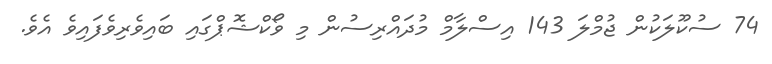
74 ސުކޫލަކުން ޖުމްލަ 143 އިސްލާމް މުދައްރިސުން މި ވޯކްޝޮޕްގައި ބައިވެރިވެފައިވެ އެވެ.